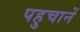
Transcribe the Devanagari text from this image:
पहुचानें